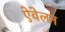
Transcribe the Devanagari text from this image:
ऐवेलन